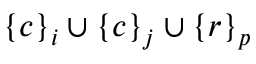
\{ c \} _ { i } \cup \{ c \} _ { j } \cup \{ r \} _ { p }